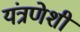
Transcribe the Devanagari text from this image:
यंत्रणेशी